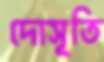
দোসূতি